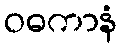
ဝဓကာနံ